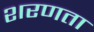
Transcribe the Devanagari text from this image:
शरणता